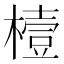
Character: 𪳮